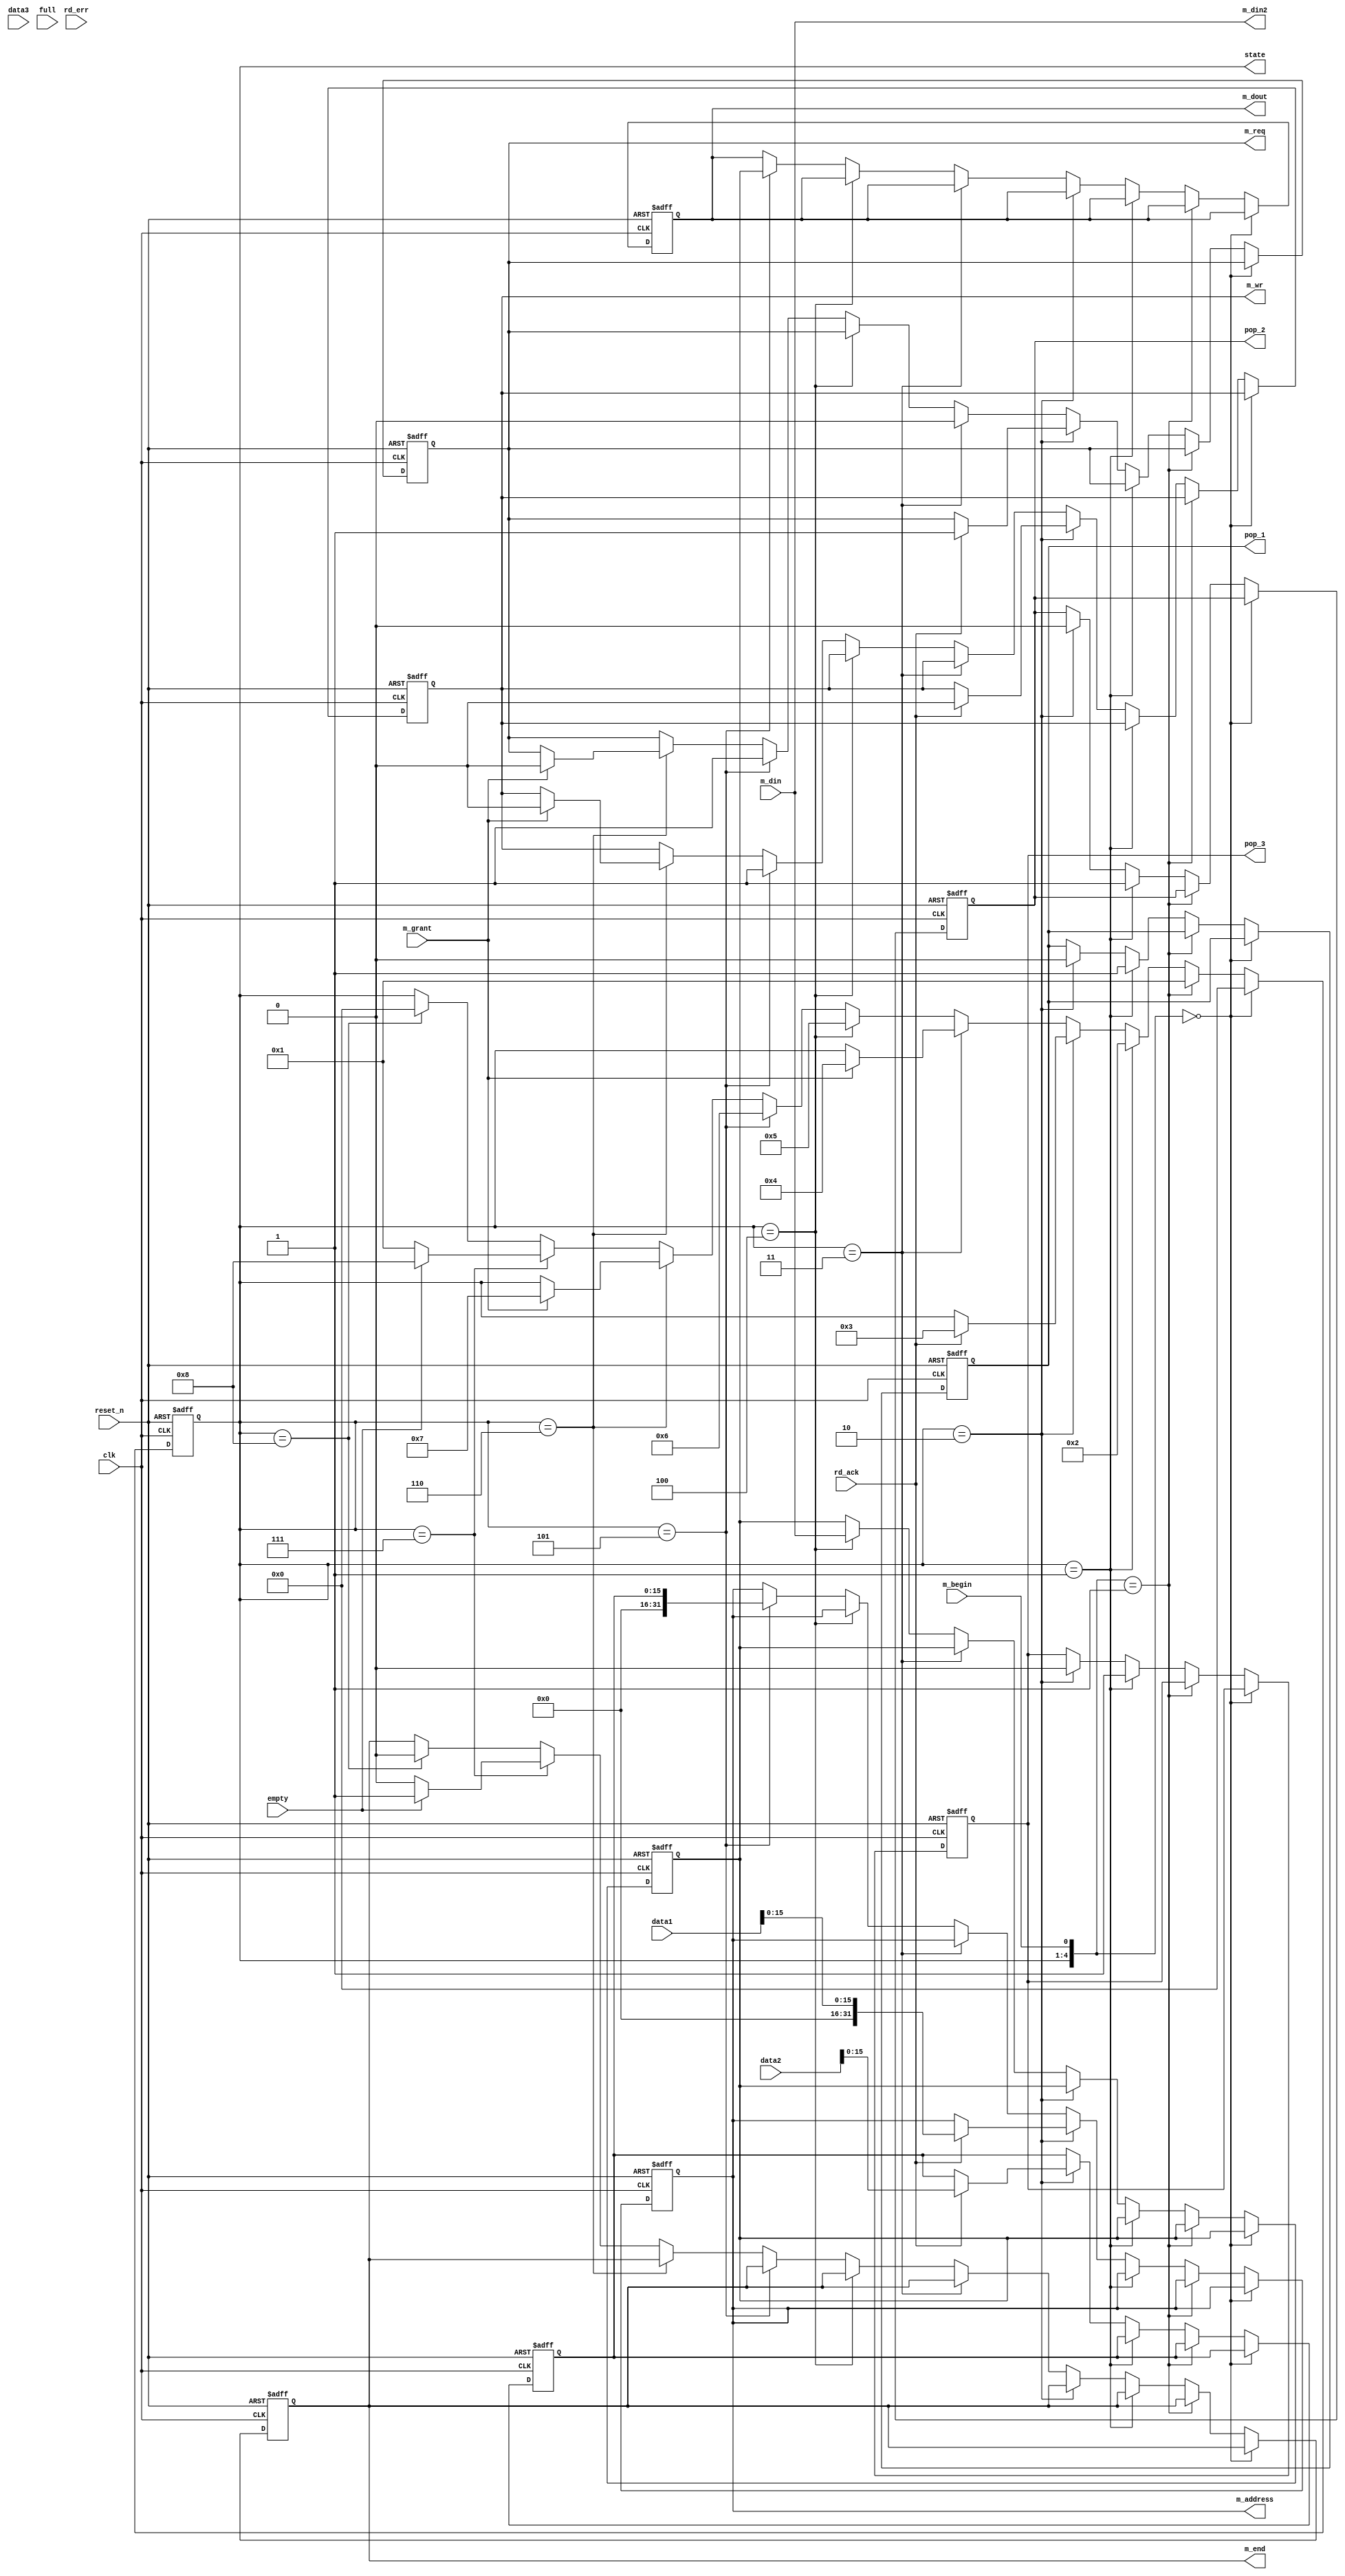
module DMAC_master(clk, reset_n, m_grant, m_din, m_begin, data1, data2, data3, empty, rd_ack, rd_err, full, m_req, m_wr, m_address, m_dout, m_end, pop_1, pop_2, pop_3, state, m_din2);
	input clk, reset_n;
	input m_grant;
	input[31:0] m_din;
	
	input m_begin;
	input[31:0] data1, data2, data3;
	input empty, full;
	input rd_ack, rd_err;
	
	output reg m_req, m_wr;
	output reg [31:0] m_address;
	output reg [31:0] m_dout;
	
	output reg m_end;
	output reg pop_1, pop_2, pop_3;
	
	output[31:0] m_din2;
	assign m_din2 = m_din;
	
	output reg[3:0] state; //
	parameter none = 4'b0000;
	parameter receive_begin = 4'b0001; //read start
	parameter receiving_fifo = 4'b0010;
	parameter receiving_bus = 4'b0011;
	parameter receive_end = 4'b0100; //read end
	parameter send_begin = 4'b0101; //write start
	parameter sending = 4'b0110;
	parameter send_end = 4'b0111; //write end
	parameter done = 4'b1000;
	//states encoding
	
	reg[31:0] temp_data;
	reg[15:0] temp_address;
	
	always @ (posedge clk or negedge reset_n)
		begin
			if (reset_n == 1'b0) //-> none
				begin
					m_req = 1'b0;
					m_wr = 1'b0;
					state = none;
					m_address = 16'h0000;
					m_dout = 32'h0000_0000;
					m_end = 1'b0;
					pop_1 = 1'b0; pop_2 = 1'b0; pop_3 = 1'b0;
					temp_data = 32'h0000_0000; temp_address = 16'h0000;
				end
			else if (clk == 1'b1)
				begin
					if ({state, m_begin} == {none, 1'b0}) //when master not receive begin signal
						begin
							state = none; //none -> none
						end
					else if ({state, m_begin} == {none, 1'b1}) //when master receive begin signal
						begin
							state = receive_begin; //none -> receive_begin
						end
						
					else if (state == receive_begin)
						begin //pop from fifo
							pop_1 = 1'b1; pop_2 = 1'b1; pop_3 = 1'b1;
							state = receiving_fifo;
						end
						
					else if (state == receiving_fifo)
						begin
							pop_1 = 1'b0;
							pop_2 = 1'b0;
							pop_3 = 1'b0;
						
							if (rd_ack == 1'b1) //when fifo is done
								begin
									m_address = data1[15:0]; 
									temp_address = data2[15:0];
									m_req = 1'b1;
									m_wr = 1'b0;
									state = receiving_bus; //receiving_fifo -> receiving_bus
								end
							else if (rd_ack == 1'b0) //fifo is not finished but working...
								;
						end
						
					else if (state == receiving_bus) 
						begin
							if (m_grant == 1'b1) //when bus is done
								begin
									m_req = 1'b0;
									state = receive_end; //receiving_bus -> receive_end
								end
							else if (m_grant == 1'b0) //bus is not finished but working...
									m_req = 1'b0;
						end 
						
					else if (state == receive_end) 
						begin
							temp_data = m_din;
							state = send_begin; //receive_end -> send_begin
						end 
						
					else if (state == send_begin)
						begin
							m_req = 1'b1;
							m_wr = 1'b1;
							m_dout = temp_data;
							m_address = temp_address;
							state = sending; //send_begin -> sending
						end
						
					else if (state == sending)
						begin
							if (m_grant == 1'b1) //when bus is done
								begin
									m_req = 1'b0;
									m_wr = 1'b0;
									state = send_end; //sending -> send_end
								end
							else if (m_grant == 1'b0) //bus is not finished but working...
								;
						end
						
					else if (state == send_end)
						begin
							if (empty == 1'b0)
								begin
									m_end = 1'b0;
									state = receive_begin; //send_end -> receive_begin
								end 
							else if (empty == 1'b1)
								begin
									m_end = 1'b1;
									state = done; //send_end -> done
								end 
						end
					
					else if (state == done) //do nothing when master is done
						begin
							m_end = 1'b0;
							state = none;
						end
				end 
		end
endmodule